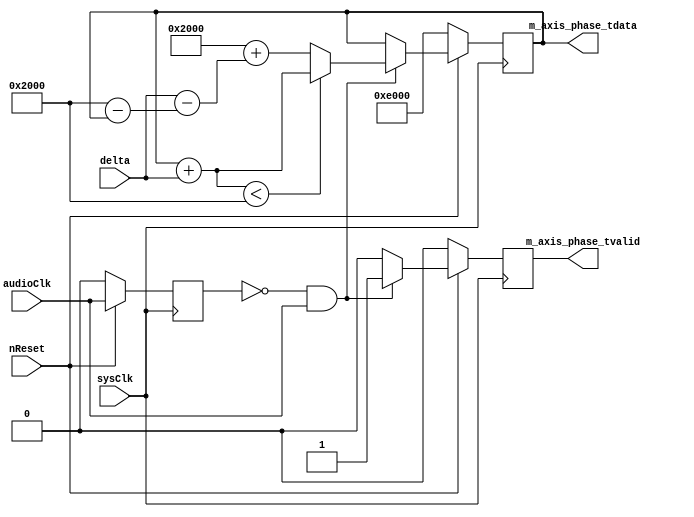
`timescale 1ns / 1ps
//////////////////////////////////////////////////////////////////////////////////
// Company: 
// Engineer: 
// 
// Design Name: 
// Module Name: phase_generator
// Project Name: 
// Target Devices: 
// Tool Versions: 
// Description: 
// 
// Dependencies: 
// 
// Revision:
// Revision 0.01 - File Created
// Additional Comments:
// 
//////////////////////////////////////////////////////////////////////////////////


module phase_generator(
    input nReset,
    input sysClk,
    input audioClk,
    input signed [15:0] delta,
    output [15:0] m_axis_phase_tdata,
    output m_axis_phase_tvalid
    );
    
parameter signed [15:0] M_ONE = 16'hE000;
parameter signed [15:0] ONE = 16'h2000;
    
reg pre_audioClk;
reg signed [15:0] phase_fix16_13;
reg phaseValid;

always @(posedge sysClk)
begin
    if(~nReset)
    begin
        pre_audioClk <= 1'b0;
    end
    else
    begin
        pre_audioClk <= audioClk;
    end
end

always @(posedge sysClk)
begin
    if(~nReset)
    begin
        phase_fix16_13 <= M_ONE;
        phaseValid <= 1'b0;
    end
    else
    begin
        if(~pre_audioClk && audioClk)
        begin
            if(phase_fix16_13 + delta < ONE)
            begin
                phase_fix16_13 <= phase_fix16_13 + delta;
                phaseValid <= 1'b1;
            end
            else
            begin
                phase_fix16_13 <= M_ONE + (delta - (ONE - phase_fix16_13));
                phaseValid <= 1'b1;
            end
        end
        else
        begin
            phase_fix16_13 <= phase_fix16_13;
            phaseValid <= 1'b0;
        end
    end
end

assign m_axis_phase_tdata = phase_fix16_13;
assign m_axis_phase_tvalid = phaseValid;

endmodule